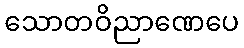
သောတဝိညာဏေပေ